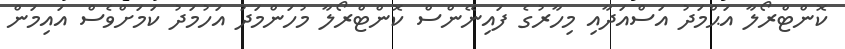
ކޮންޓްރޯލާ އަޙްމަދު އަސްއަދާއި މިހާރުގެ ފައިނޭންސް ކޮންޓްރޯލާ މުހަންމަދު އަހުމަދު ކަމަށްވެސް އައިމަން